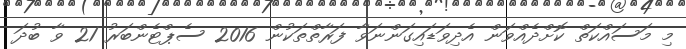
މި މަސައްކަތް ކޮށްދެއްވަން އެދިވަޑައިގަންނަވާ ފަރާތްތަކުން 2016 ސެޕްޓެންބަރު 21 ވާ ބުދަަ